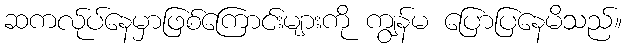
ဆကလ်ုပ်နေမှာဖြစ်ကြောင်းများကို ကျွန်မ ပြောပြနေမိသည်။